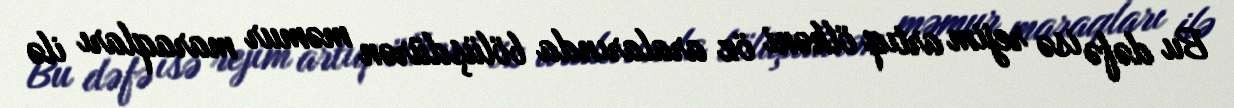
Bu dəfə isə rejim artıq ölkəni öz aralarında bölüşdürən məmur maraqları ilə